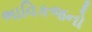
ભાવિકજનો